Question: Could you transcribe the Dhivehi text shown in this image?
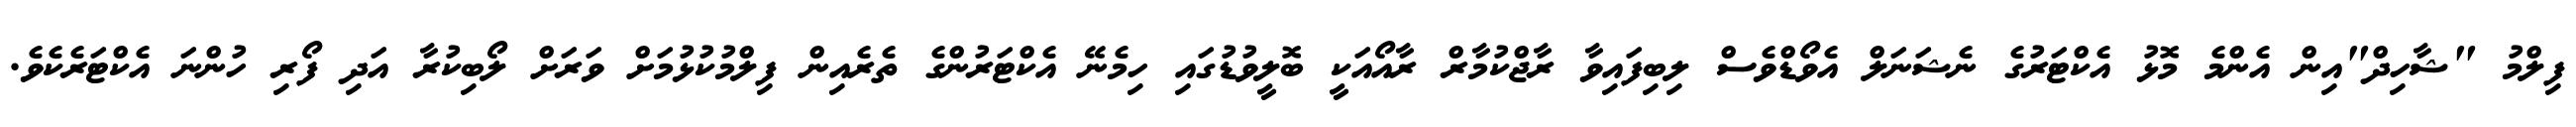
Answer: ފިލްމު "ޝާހިދް"އިން އެންމެ މޮޅު އެކްޓަރުގެ ނެޝަނަލް އެވޯޑްވެސް ލިބިފައިވާ ރާޖްކުމާރް ރާއޯއަކީ ބޮލީވުޑުގައި ހިމެނޭ އެކްޓަރުންގެ ތެރެއިން ފިލްމުކުޅުމަށް ވަރަށް ލޯބިކުރާ އަދި ފޯރި ހުންނަ އެކްޓަރެކެވެ.